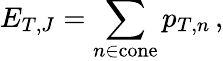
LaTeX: E_{T,J}=\sum_{n\in\mathrm{cone}}p_{T,n}\, ,